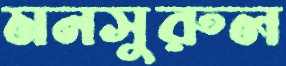
মনসুরুল